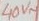
Text: 40V~